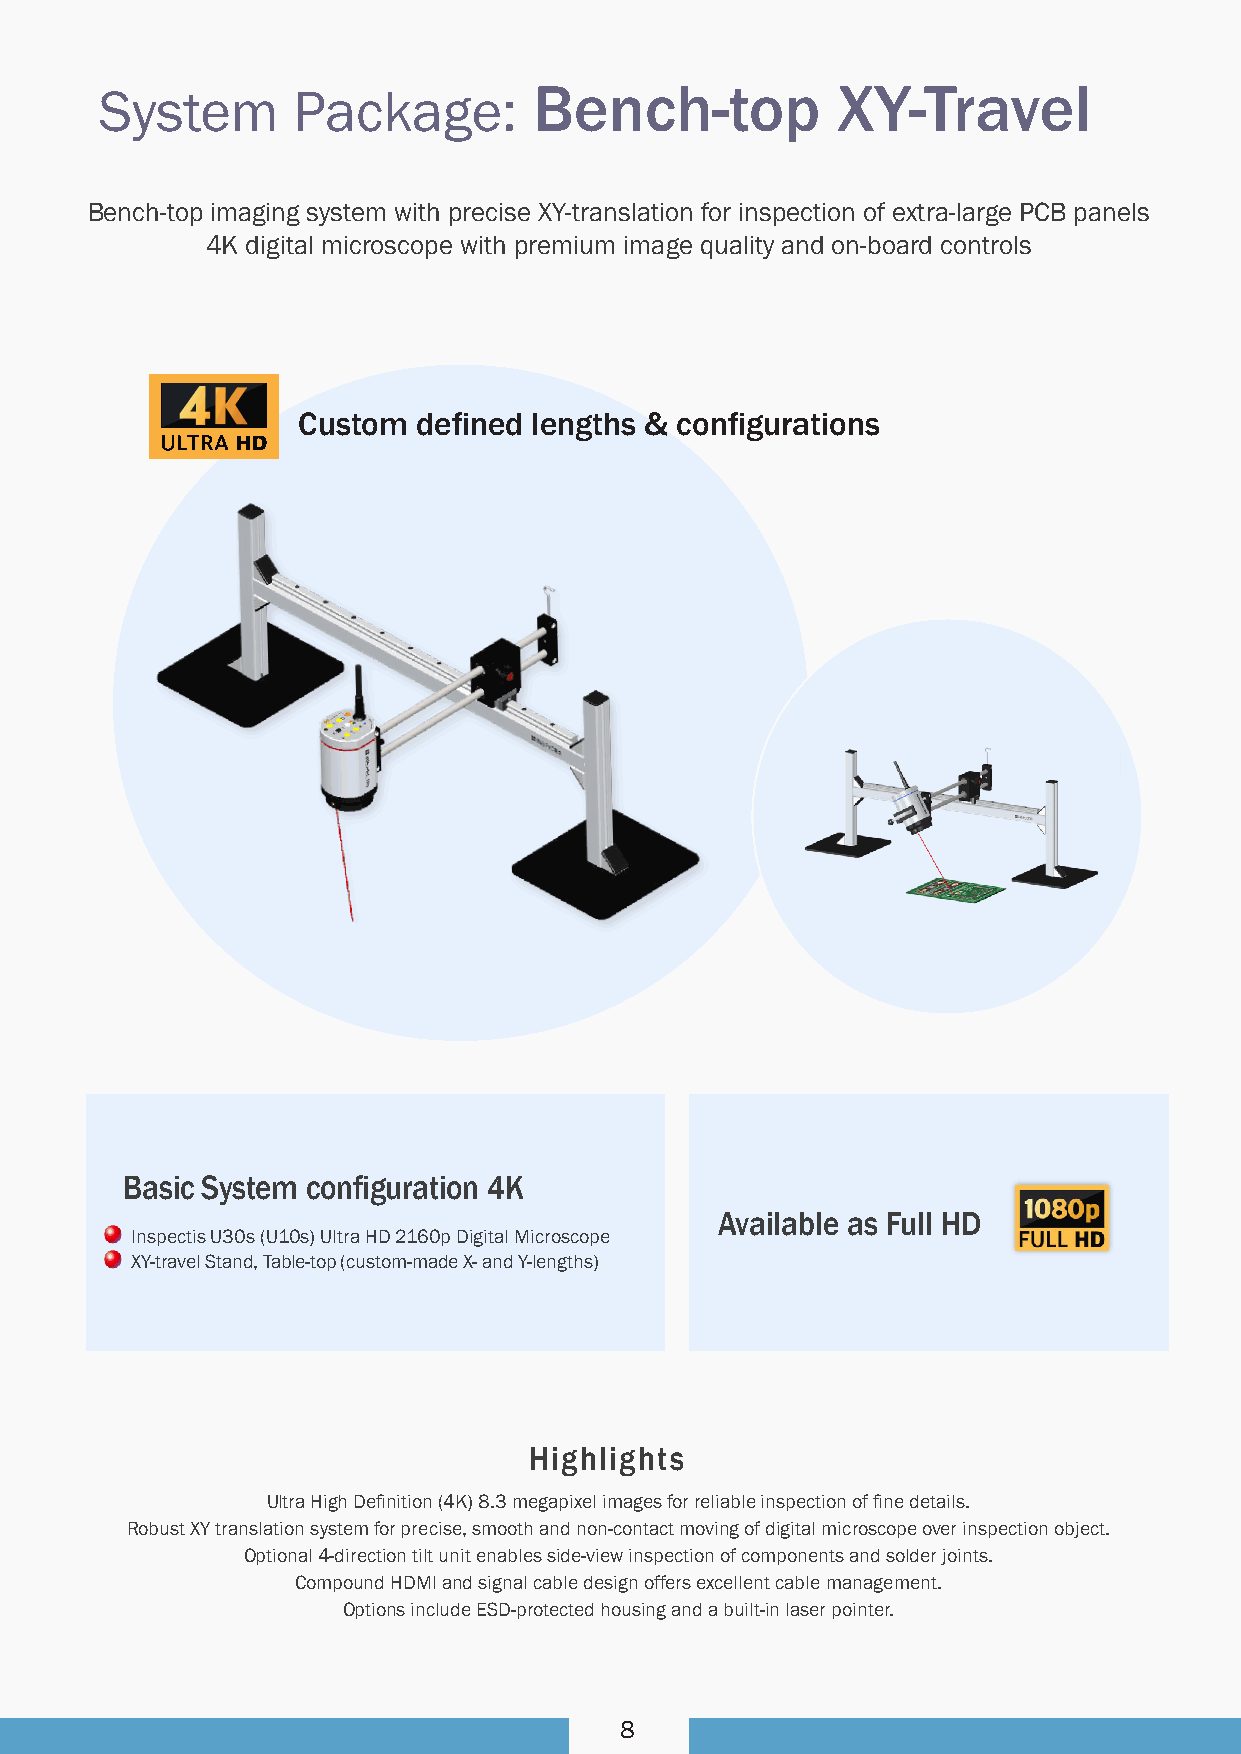
System      Package:
 Bench-top           XY-Travel
 Bench-top imaging system with precise XY-translation for inspection of extra-large PCB panels
 4K digital microscope with premium image quality and on-board controls
 Custom  defined lengths & configurations
 Basic System configuration 4K
 Available as Full HD
 Inspectis U30s (U10s) Ultra HD 2160p Digital Microscope
 XY-travel Stand, Table-top (custom-made X- and Y-lengths)
 Highlights
 Ultra High Definition (4K) 8.3 megapixel images for reliable inspection of fine details.
 Robust XY translation system for precise, smooth and non-contact moving of digital microscope over inspection object.
 Optional 4-direction tilt unit enables side-view inspection of components and solder joints.
 Compound HDMI and signal cable design offers excellent cable management.
 Options include ESD-protected housing and a built-in laser pointer.
 8